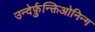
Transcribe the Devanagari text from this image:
उन्देर्फ़ुन्क्तिओनिन्ग